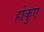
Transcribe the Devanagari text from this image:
होकुए